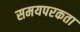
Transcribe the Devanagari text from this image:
समयपरकता